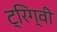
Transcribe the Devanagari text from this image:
ट्रिग्वी